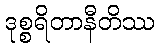
ဒုစ္စရိတာနီတိဿ